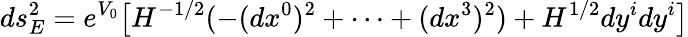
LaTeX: ds_{E}^{2}=e^{V_{0}}\big[H^{-1/2}(-(dx^{0})^{2}+\cdots+(dx^{3})^{2})+H^{1/2}dy^{i}dy^{i}\big]